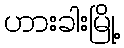
ဟားခါးမြို့